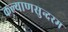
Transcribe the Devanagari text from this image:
कल्याणसुन्दरम